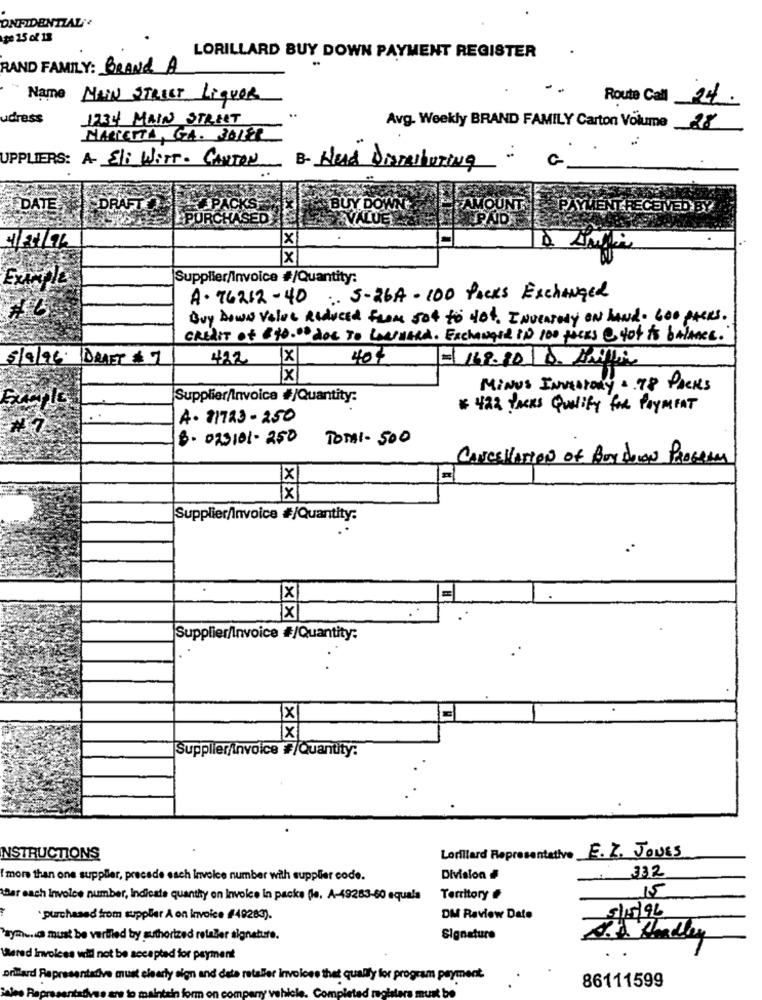
ONFIDENTZAL ;.
pe 25 cl 13
LORILLARD BUY DOWN PAYMENT REGISTER
RAND FAMILY: BRAND A
Name MAIN STREET LiquOR
Route Call 24.
udress
1234 MAIN STREET
Avg. Weekly BRAND FAMILY Carton Volume 28
MARIETTA, GA. 30188
UPPLIERS: A Eli WitT- CARTON
B- Head Distributing
DATE
DRAFTO.
BUY DOWN
AMOUNT,
PAYMENT RECEIVED BY
1/21/76
Example
Supplier/Invoice #/Quantity:
A. 76212-40
:. 5-264 - 100 Packs Exchanged
Buy DOWN Value Reduced from sot to Not. INVENTory ON hand. Goo packs.
CREAIT of $10.00 doc To LearnAnd. Exchanged IN 100 fucks @ Hot is balance.
5/9/96 DRAFT # 7
422
40$
148.80 D. ANDA
Ix
MINUS INVENTORY +. 78 PACKS
Supplier/Invoice #/Quantity:
# 422 PACKS Qualify for PAYMENT
A. 71723- 250
8- 073101- 250
TOMI - 500
CANCELLATION of BOY DUIN PROGRAM
X
Supplier/Invoice #/Quantity:
x
=
x
Supplier/Invoice #/Quantity:
X
x
Supplier/Invoice #/Quantity:
Lorillard Representative E. Z. JONES
NSTRUCTIONS
332
more than one supplier, precede each Invoice number with supplier code.
Division #
Der each Invoice number, Indicate quantity on Invoice In packs le. A-49283-60 equals
Territory #
15
· purchased from supplier A on Invoice #49283).
DM Review Date
5/15/96
Payment must be verified by authorized retaler signature.
Signature
laered Invoices will not be accepted for payment
Drillard Representative must clearly sign and date retailer invoices that qualify for program payment
86111599
t be
. Comple